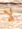
لا